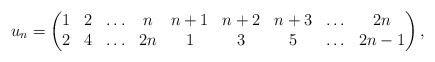
\begin{gather*}u_n = \begin{pmatrix} 1& 2& \ldots& n& n+1& n+2& n+3 &\ldots & 2n \\2& 4& \ldots& 2n& 1& 3& 5&\ldots& 2n-1 \end{pmatrix},\end{gather*}